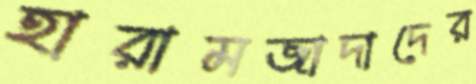
হারামজাদাদের